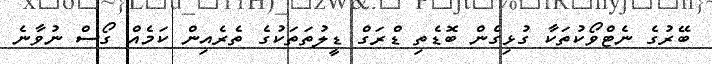
ބޭރުގެ ނެޓްވޯކުތަކާ ގުޅިގެން ބޮޑެތި ޑްރަގް ޑީލުތަތަކުގެ ތެރެއިން ކަމެއް ގޯސް ނުވާނެ